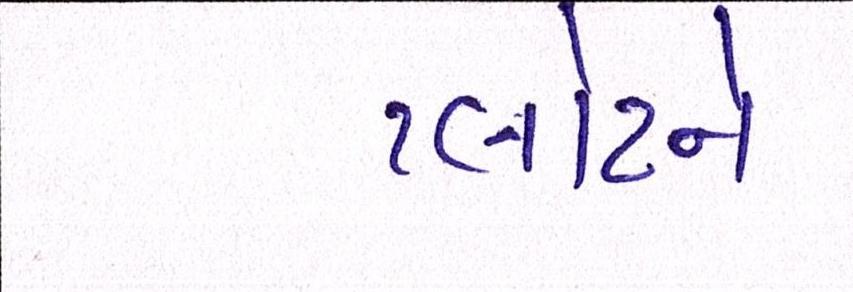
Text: પ્લોટને